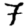
Digit: 7